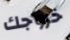
خروجك